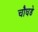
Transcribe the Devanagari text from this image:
चौघडे